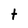
Character: t